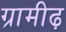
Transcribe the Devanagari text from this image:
ग्रामीढ़